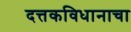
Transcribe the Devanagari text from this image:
दत्तकविधानाचा